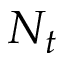
N _ { t }